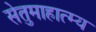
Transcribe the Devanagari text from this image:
सेतुमाहात्म्य